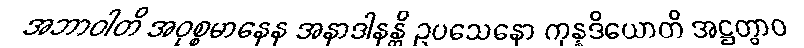
အဘာဝါတိ အဝုစ္စမာနေန အနာဒါနန္တိ ဥပသေနော ကုန္နဒိယောတိ အဋ္ဌတွာဝ